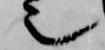
也